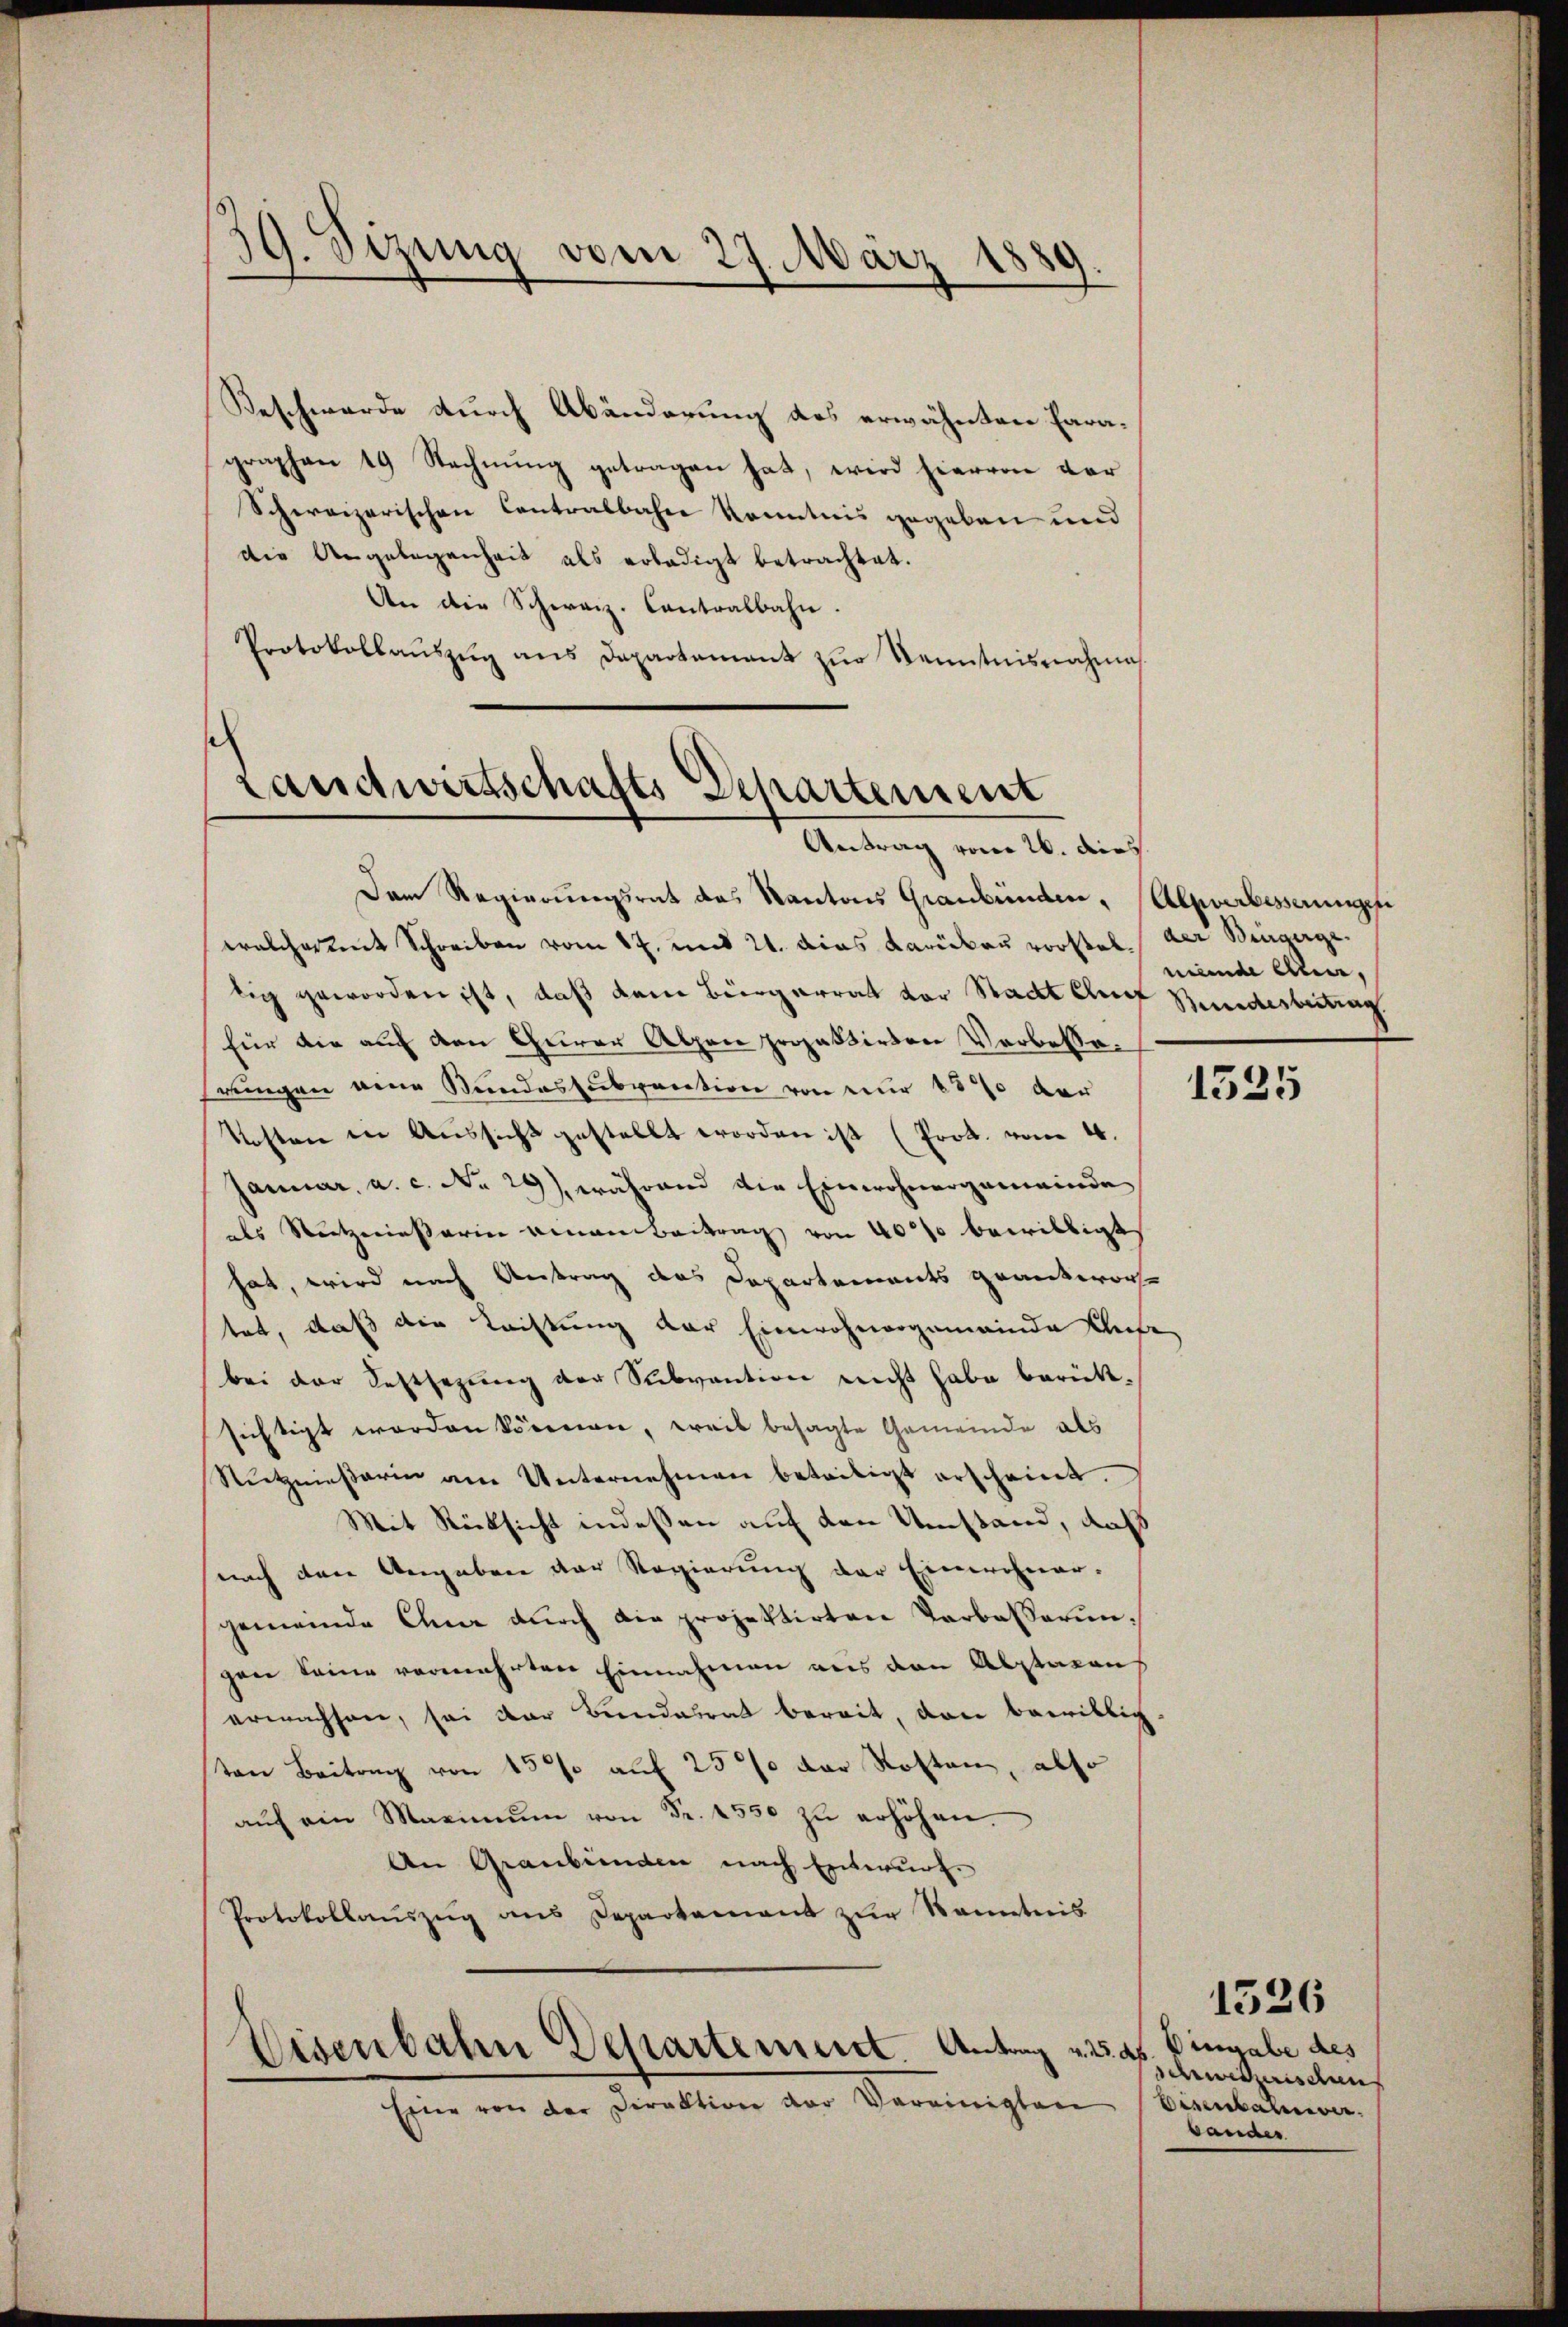
39. Sizung vom 27. März 18
.
.

Beschwerde durch Abänderung des erwähnten Paragraphen 19 Rechnung getragen hat, wird hiervon vor
Schweizerischen Contralbahne konntnis gegeben und
die Angelegenheit als erledigt betrachtet.
An die Schweiz. Contralbahn.
Protokollaŭszŭg ans Departement zŭr Kenntnisnahme
e

Landwirtschafts Departement
Antrag vom 26. dies

Dem Regierungsrat des Kantons Graubünden,
walcharent Schreiben vom 17. und 21. dies darüber vorstel der Bingergelig geworden ist, daß dem Bürgerrat vor Stadt Chef Bundesbetrag
für die auf den Churer Alpen propaßirten Verbessehrungen eine Stundessubvention von nur 15% der
Kosten in Aussicht gestellt worden ist (Prot. vom 4.
Januar, a. c. No 29), während die Einwohnergemeinde
als Nietzerinsterin einem Beitrag von 40% bewilligt
hat, wird nach Antrag des Departements grantworfe
tet, daß die Lachtung der Einwohnergemeinde Chefe
bei der Sestsezung der Subvention nicht habe berüktsichtigt worden können, weil besagte Gemeinde als
Nŭtznieβarin am Unternehmen beteiligt erscheint.
Mit Rücksicht indessen auf den Umstand, daß
nach den Angaben der Regierung der Einwohner-
gemeinde Chur durch die projektirten Tarbasserungann keine vermehrten Einnahmen aus den Abstaren
erwachsene, sei der Bundesrat bereit, den bewillig.
ten Beitrag von 15% auf 25% der Kosten, also
aŭf ein Maximŭm von Fr. 1550 zŭ erhöhen.
An Graubünden nach Entwurf.
Protokollauszug aus Departement zur Kenntnis

Eisenbahn Departement. Antrag v. 2.
Eine von der Direktion der Vereinigten Eisenbahnver-

Alpverbesserungen
minde Aue,

1535

Dingabe des
deß
cwiderischen
bander

1526